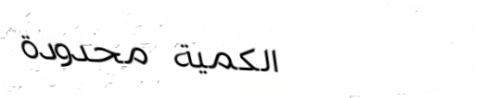
الكمية محدودة